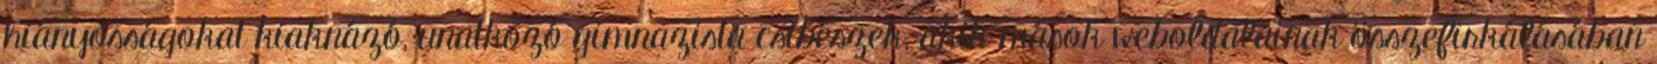
hiányosságokat kiaknázó, unatkozó gimnazista csibészek, akik mások weboldalainak összefirkálásában